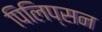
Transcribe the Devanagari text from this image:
पिलिप्सन